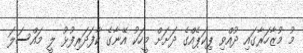
މު މުޒާހަރާގައި ދުއްވި ޕިކަޕެއްގެ ދަށަށް މީހަކު އޭނާގެ ކާފަދަރިފުޅު ލީ މައްސަލަ